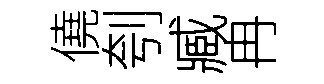
僥刳臧冉